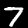
Digit: 7